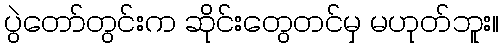
ပွဲတော်တွင်းက ဆိုင်းတွေတင်မှ မဟုတ်ဘူး။